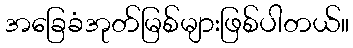
အခြေခံအုတ်မြစ်များဖြစ်ပါတယ်။